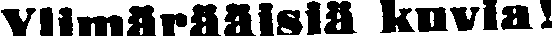
Ylimärääisiä kuvia!